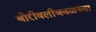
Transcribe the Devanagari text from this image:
बोरीवलीजवळच्या